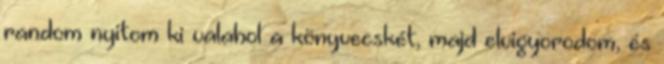
random nyitom ki valahol a könyvecskét, majd elvigyorodom, és